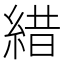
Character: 𦁎